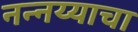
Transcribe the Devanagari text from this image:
नन्नय्याचा